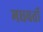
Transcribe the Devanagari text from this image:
मधवर्ती